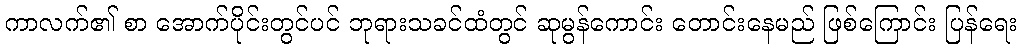
ကာလက်၏ စာ အောက်ပိုင်းတွင်ပင် ဘုရားသခင်ထံတွင် ဆုမွန်ကောင်း တောင်းနေမည် ဖြစ်ကြောင်း ပြန်ရေး